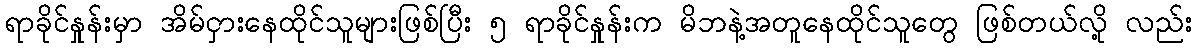
ရာခိုင်နှုန်းမှာ အိမ်ငှားနေထိုင်သူများဖြစ်ပြီး ၅ ရာခိုင်နှုန်းက မိဘနဲ့အတူနေထိုင်သူတွေ ဖြစ်တယ်လို့ လည်း